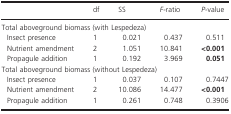
|  | df | SS | F-ratio | P-value |
 | --- | --- | --- | --- | --- |
 | <COLSPAN=5> Total aboveground biomass (with Lespedeza) |
 | Insect presence | 1 | 0.021 | 0.437 | 0.511 |
 | Nutrient amendment | 2 | 1.051 | 10.841 | <0.001 |
 | Propagule addition | 1 | 0.192 | 3.969 | 0.051 |
 | <COLSPAN=5> Total aboveground biomass (without Lespedeza) |
 | Insect presence | 1 | 0.037 | 0.107 | 0.7447 |
 | Nutrient amendment | 2 | 10.086 | 14.477 | <0.001 |
 | Propagule addition | 1 | 0.261 | 0.748 | 0.3906 |